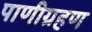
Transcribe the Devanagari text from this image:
पाणीग्रहण